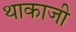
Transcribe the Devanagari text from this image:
थाकाजी